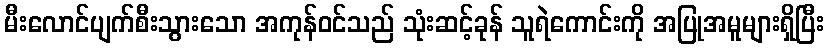
မီးလောင်ပျက်စီးသွားသော အကုန်ဝင်သည် သုံးဆင့်ခုန် သူရဲကောင်းကို အပြုအမူများရှိပြီး